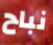
نباح